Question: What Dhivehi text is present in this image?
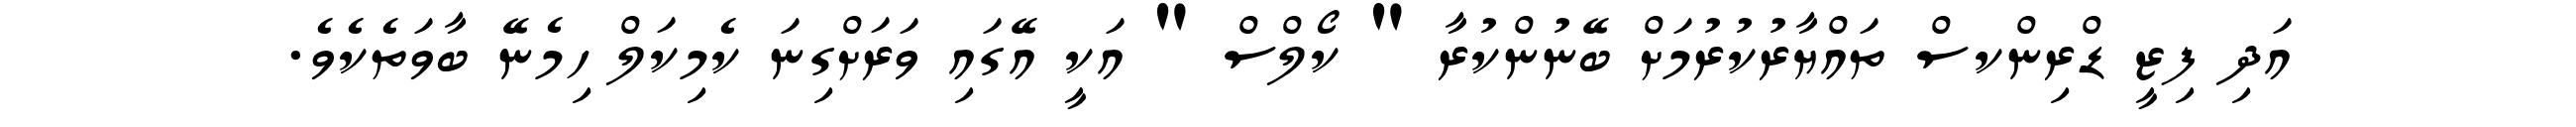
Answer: އަދި ފިޒީ ޑްރިންކސް ތައްޔާރުކުރުމަށް ބޭނުންކުރާ " ކޯލްސް " އަކީ އޭގައި ވަރަށްގިނަ ކެމިކަލް ހިމެނޭ ބާވަތެކެވެ.